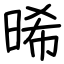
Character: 晞